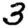
Digit: 3